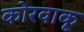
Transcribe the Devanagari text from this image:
कोरवाकू